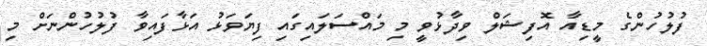
ފުލުހުންގެ މީޑިއާ އޮފިޝަލް ވިދާޅުވީ މި މައްސަލައިގައި ފިޔަވަޅު އަޅާފައިވާ ފުލުހުންނަށް މި